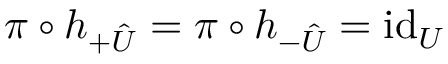
\pi \circ h _ { + \hat { U } } = \pi \circ h _ { - \hat { U } } = \mathrm { i d } _ { U }